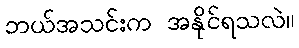
ဘယ်အသင်းက အနိုင်ရသလဲ။